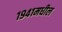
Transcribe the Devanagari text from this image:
१९४१मधील